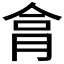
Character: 𦚶